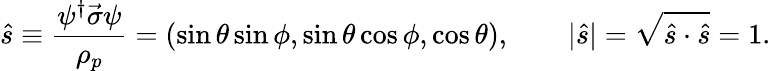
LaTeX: \hat{s}\equiv\frac{\psi^{\dagger}\vec{\sigma}\psi}{\rho_{p}}=(\sin\theta\sin\phi,\sin\theta\cos\phi,\cos\theta),\qquad|\hat{s}|=\sqrt{\hat{s}\cdot\hat{s}}=1.